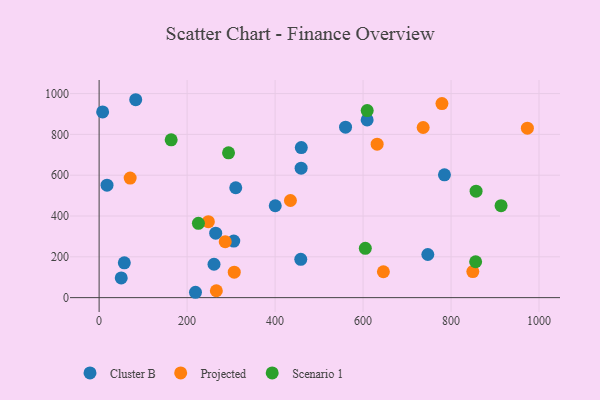
{"axis": {"x": "Investment", "y": "Rating"}, "legend": ["Cluster B", "Projected", "Scenario 1"], "data": [{"x": "459.2", "y": 634.7, "type": "Cluster B"}, {"x": "785.0", "y": 601.7, "type": "Cluster B"}, {"x": "400.4", "y": 450.4, "type": "Cluster B"}, {"x": "50.3", "y": 96.8, "type": "Cluster B"}, {"x": "306.1", "y": 277.2, "type": "Cluster B"}, {"x": "18.0", "y": 551.0, "type": "Cluster B"}, {"x": "57.3", "y": 170.5, "type": "Cluster B"}, {"x": "560.2", "y": 835.6, "type": "Cluster B"}, {"x": "310.6", "y": 538.5, "type": "Cluster B"}, {"x": "458.4", "y": 187.8, "type": "Cluster B"}, {"x": "8.0", "y": 910.2, "type": "Cluster B"}, {"x": "219.1", "y": 26.3, "type": "Cluster B"}, {"x": "459.6", "y": 735.3, "type": "Cluster B"}, {"x": "261.2", "y": 163.6, "type": "Cluster B"}, {"x": "83.2", "y": 969.9, "type": "Cluster B"}, {"x": "609.3", "y": 870.9, "type": "Cluster B"}, {"x": "265.0", "y": 316.1, "type": "Cluster B"}, {"x": "747.2", "y": 211.3, "type": "Cluster B"}, {"x": "307.2", "y": 124.7, "type": "Projected"}, {"x": "286.7", "y": 274.4, "type": "Projected"}, {"x": "632.0", "y": 751.9, "type": "Projected"}, {"x": "646.2", "y": 127.0, "type": "Projected"}, {"x": "266.5", "y": 33.7, "type": "Projected"}, {"x": "849.5", "y": 127.6, "type": "Projected"}, {"x": "736.6", "y": 833.7, "type": "Projected"}, {"x": "973.5", "y": 830.3, "type": "Projected"}, {"x": "434.9", "y": 476.0, "type": "Projected"}, {"x": "70.6", "y": 586.1, "type": "Projected"}, {"x": "248.3", "y": 372.1, "type": "Projected"}, {"x": "779.3", "y": 951.0, "type": "Projected"}, {"x": "609.4", "y": 916.5, "type": "Scenario 1"}, {"x": "855.9", "y": 175.8, "type": "Scenario 1"}, {"x": "856.9", "y": 521.6, "type": "Scenario 1"}, {"x": "605.1", "y": 241.8, "type": "Scenario 1"}, {"x": "294.2", "y": 709.7, "type": "Scenario 1"}, {"x": "913.7", "y": 450.8, "type": "Scenario 1"}, {"x": "163.8", "y": 773.5, "type": "Scenario 1"}, {"x": "225.7", "y": 364.0, "type": "Scenario 1"}]}